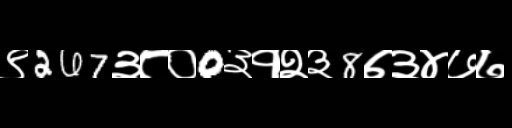
Text: ९267३८०0३१२३8७३४७७